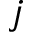
j